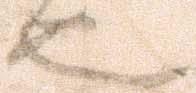
也